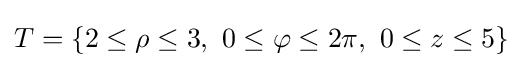
T=\{2\leq \rho \leq 3,\ 0\leq \varphi \leq 2\pi ,\ 0\leq z\leq 5\}